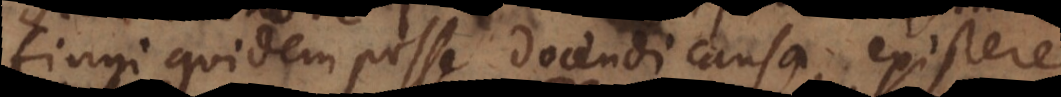
fingi quidem posse docendi causa, existere